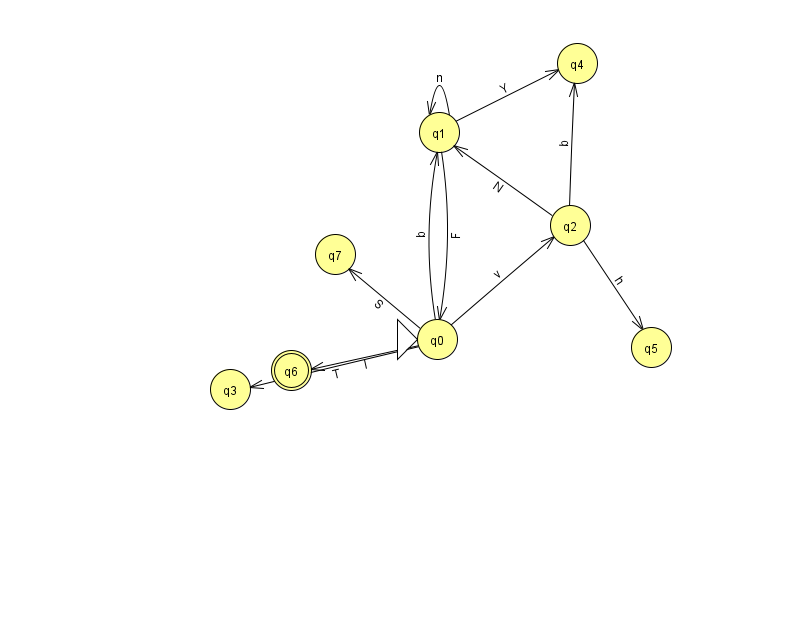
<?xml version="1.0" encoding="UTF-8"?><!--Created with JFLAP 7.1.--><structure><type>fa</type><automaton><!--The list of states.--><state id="0" name="q0"><x>437.0</x><y>326.0</y><initial/></state><state id="1" name="q1"><x>439.0</x><y>119.0</y></state><state id="2" name="q2"><x>570.0</x><y>212.0</y></state><state id="3" name="q3"><x>230.0</x><y>376.0</y></state><state id="4" name="q4"><x>577.0</x><y>50.0</y></state><state id="5" name="q5"><x>651.0</x><y>334.0</y></state><state id="6" name="q6"><x>291.0</x><y>357.0</y><final/></state><state id="7" name="q7"><x>335.0</x><y>241.0</y></state><!--The list of transitions.--><transition><from>0</from><to>7</to><read>S</read></transition><transition><from>0</from><to>3</to><read>T</read></transition><transition><from>2</from><to>4</to><read>b</read></transition><transition><from>0</from><to>6</to><read>l</read></transition><transition><from>1</from><to>4</to><read>Y</read></transition><transition><from>0</from><to>1</to><read>b</read></transition><transition><from>1</from><to>0</to><read>F</read></transition><transition><from>1</from><to>1</to><read>n</read></transition><transition><from>2</from><to>5</to><read>h</read></transition><transition><from>0</from><to>2</to><read>v</read></transition><transition><from>2</from><to>1</to><read>N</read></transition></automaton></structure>